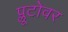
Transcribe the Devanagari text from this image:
प्लूटोवर